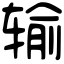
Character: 输